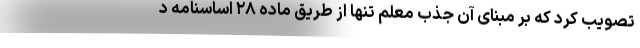
تصویب کرد که بر مبنای آن جذب معلم تنها از طریق ماده ۲۸ اساسنامه د